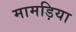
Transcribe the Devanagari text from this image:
मामड़िया